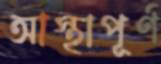
আস্থাপূর্ণ